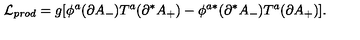
{ \cal L } _ { p r o d } = g [ \phi ^ { a } ( \partial A _ { - } ) T ^ { a } ( \partial ^ { * } A _ { + } ) - \phi ^ { a * } ( \partial ^ { * } A _ { - } ) T ^ { a } ( \partial A _ { + } ) ] .